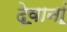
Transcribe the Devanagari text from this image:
दे॒वानां॒